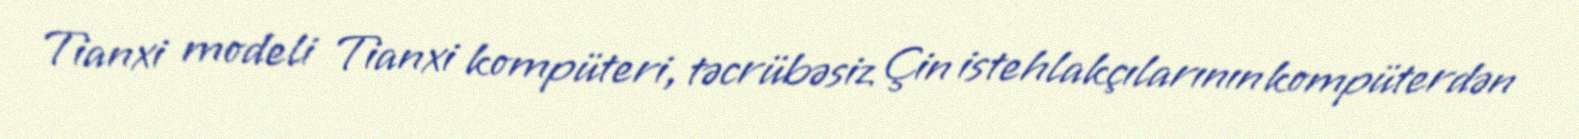
Tianxi modeli Tianxi kompüteri, təcrübəsiz Çin istehlakçılarının kompüterdən